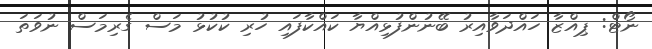
ނޯޓް: ޕިއްޒާ ހައްދަވާއިރު ބޭނުންފުޅިއްޔާ ކައްކާފައި ހުރި ކުކުޅު މަސް ގެރިމަސް ނުވަތަ